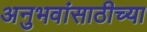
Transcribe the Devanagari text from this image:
अनुभवांसाठीच्या